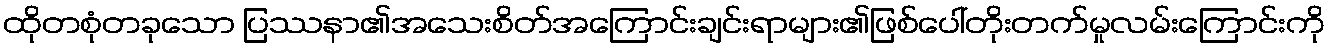
ထိုတစုံတခုသော ပြဿနာ၏အသေးစိတ်အကြောင်းချင်းရာများ၏ဖြစ်ပေါ်တိုးတက်မှုလမ်းကြောင်းကို